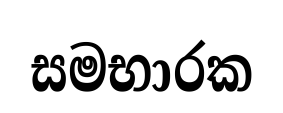
සමභාරක